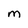
Character: m